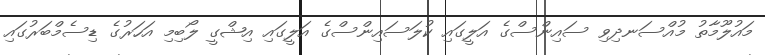
މައުލޫމާތު މުއްސަނދިވި ސައިންސްގެ އަލީގައި ކުލަސައިންސްގެ އަލީގައި އިޝްގީ ލޯބިމި އަހަރުގެ ޑިސެމްބަރުގައި